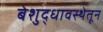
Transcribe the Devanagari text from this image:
बेशुद्धावस्थेतून